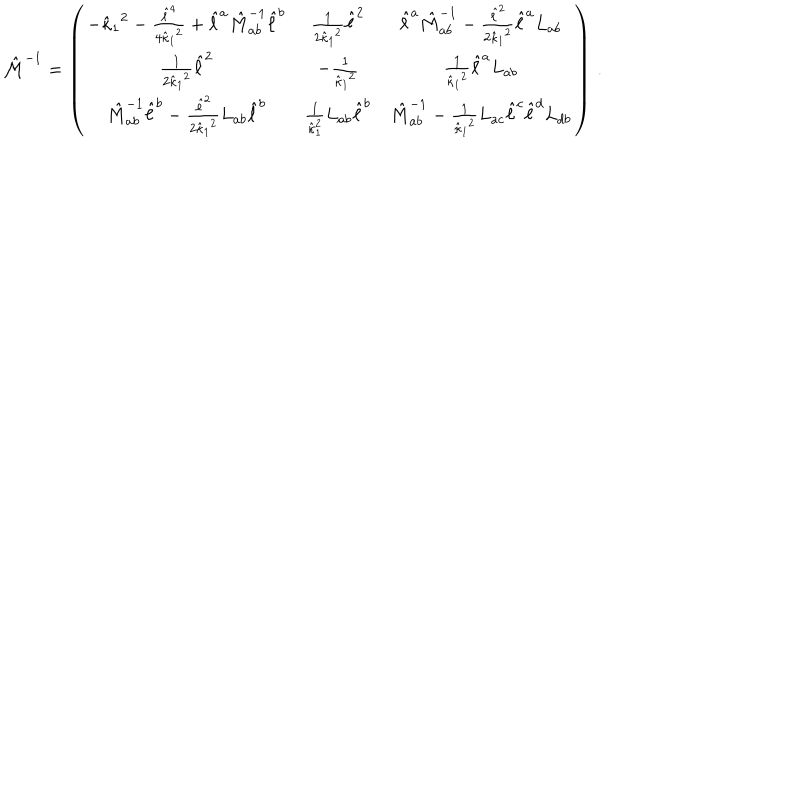
LaTeX: { \hat { \cal M } } ^ { - 1 } = \left( \begin{array} { c c c } { { - { { \hat { \kappa } } _ { 1 } } ^ { 2 } - { \frac { { \hat { \ell } } ^ { 4 } } { 4 { { \hat { \kappa } } _ { 1 } } ^ { 2 } } } + { \hat { \ell } } ^ { a } { \hat { M } } _ { a b } ^ { - 1 } { \hat { \ell } } ^ { b } } } & { { { \frac { 1 } { 2 { { \hat { \kappa } } _ { 1 } } ^ { 2 } } } { \hat { \ell } } ^ { 2 } } } & { { { \hat { \ell } } ^ { a } { \hat { M } } _ { a b } ^ { - 1 } - { \frac { { \hat { \ell } } ^ { 2 } } { 2 { { \hat { \kappa } } _ { 1 } } ^ { 2 } } } { \hat { \ell } } ^ { a } { L } _ { a b } } } \\ { { { \frac { 1 } { 2 { { \hat { \kappa } } _ { 1 } } ^ { 2 } } } { \hat { \ell } } ^ { 2 } } } & { { - { \frac { 1 } { { { \hat { \kappa } } _ { 1 } } ^ { 2 } } } } } & { { { \frac { 1 } { { { \hat { \kappa } } _ { 1 } } ^ { 2 } } } { \hat { \ell } } ^ { a } { L } _ { a b } } } \\ { { { \hat { M } } _ { a b } ^ { - 1 } { \hat { \ell } } ^ { b } - { \frac { { \hat { \ell } } ^ { 2 } } { 2 { { \hat { \kappa } } _ { 1 } } ^ { 2 } } } { L } _ { a b } { \hat { \ell } } ^ { b } } } & { { { \frac { 1 } { { \hat { \kappa } } _ { 1 } ^ { 2 } } } { L } _ { a b } { \hat { \ell } } ^ { b } } } & { { { \hat { M } } _ { a b } ^ { - 1 } - { \frac { 1 } { { { \hat { \kappa } } _ { 1 } } ^ { 2 } } } { L } _ { a c } { \hat { \ell } } ^ { c } { \hat { \ell } } ^ { d } { L } _ { d b } } } \\ \end{array} \right) \, .